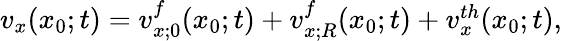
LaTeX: \begin{array}{r}{v_{x}(x_{0};t)=v_{x;0}^{f}(x_{0};t)+v_{x;R}^{f}(x_{0};t)+v_{x}^{th}(x_{0};t),}\end{array}